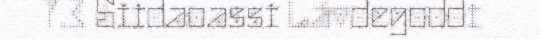
7.3 Siidaoassi Lávdegoddi